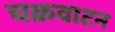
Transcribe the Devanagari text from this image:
चक्रवाटन